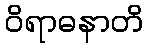
ဝိရာဓနာတိ